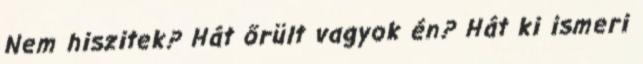
Nem hiszitek? Hát őrült vagyok én? Hát ki ismeri